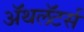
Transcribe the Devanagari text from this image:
ॲथलॅटर्स